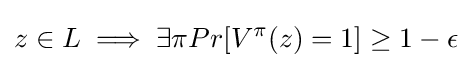
z\in L\implies \exists \pi Pr[V^{\pi }(z)=1]\geq 1-\epsilon